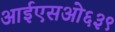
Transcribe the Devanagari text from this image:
आईएसओ६३९